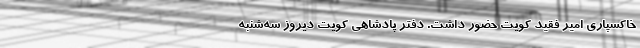
خاکسپاری امیر فقید کویت حضور داشت. دفتر پادشاهی کویت دیروز سه‌شنبه